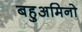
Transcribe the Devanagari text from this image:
बहुअमिनो